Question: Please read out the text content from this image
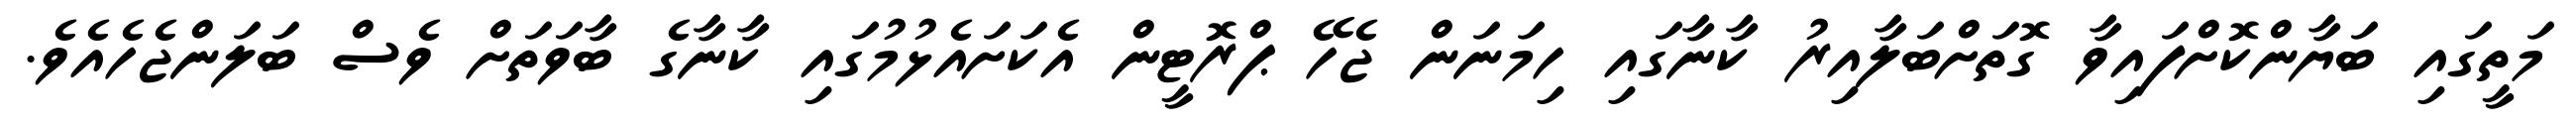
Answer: މަތީގައި ބަޔާންކޮށްފައިވާ ގޮތަށްބަލާއިރު ކާނާގައި ހިމަނަން ޖެހޭ ޕްރޮޓީން އެކަށައެޅުމުގައި ކާނާގެ ބާވަތަށް ވެސް ބަލަންޖެހެއެވެ.